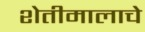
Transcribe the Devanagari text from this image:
शेतीमालाचे